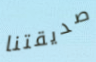
صديقتنا